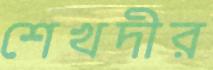
শেখদীর